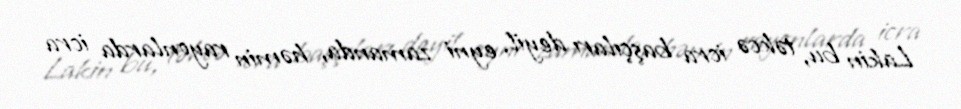
Lakin bu, təkcə icra başçıları deyil, eyni zamanda, həmin rayonlarda icra